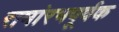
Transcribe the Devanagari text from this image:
समांरभपूर्वक